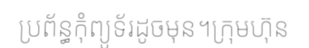
ប្រព័ន្ធកុំព្យូទ័រដូចមុន។ក្រុមហ៊ុន